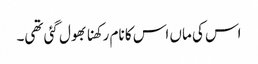
اس کی ماں اس کا نام رکھنا بھول گئی تھی۔